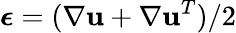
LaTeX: \boldsymbol{\epsilon}=(\nabla\mathbf{u}+\nabla\mathbf{u}^{T})/2